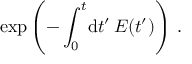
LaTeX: \exp \left( - \int _ { 0 } ^ { t } \! \mathrm { d } t ^ { \prime } \, E ( t ^ { \prime } ) \right) \, .